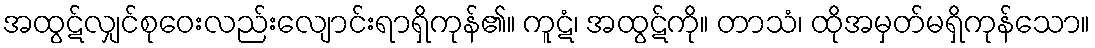
အထွဋ်လျှင်စုဝေးလည်းလျောင်းရာရှိကုန်၏။ ကူဋံ၊ အထွဋ်ကို။ တာသံ၊ ထိုအမှတ်မရှိကုန်သော။